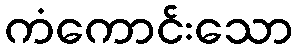
ကံကောင်းသော